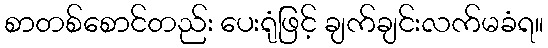
စာတစ်စောင်တည်း ပေးရုံဖြင့် ချက်ချင်းလက်မခံရ။